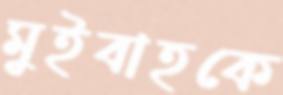
মুইবাহকে